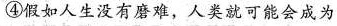
④假如人生没有磨难，人类就可能会成为